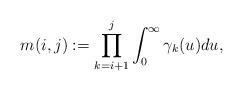
LaTeX: \begin{align*}m(i,j):=\prod_{k=i+1}^{j}\int_{0}^{\infty}\gamma_{k}(u)du,\end{align*}